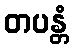
တပန္တံ